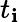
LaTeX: t_{\mathbf{i}}